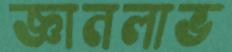
জ্ঞানলাভ